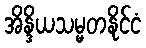
အိန္ဒိယသမ္မတနိုင်ငံ